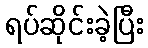
ရပ်ဆိုင်းခဲ့ပြီး